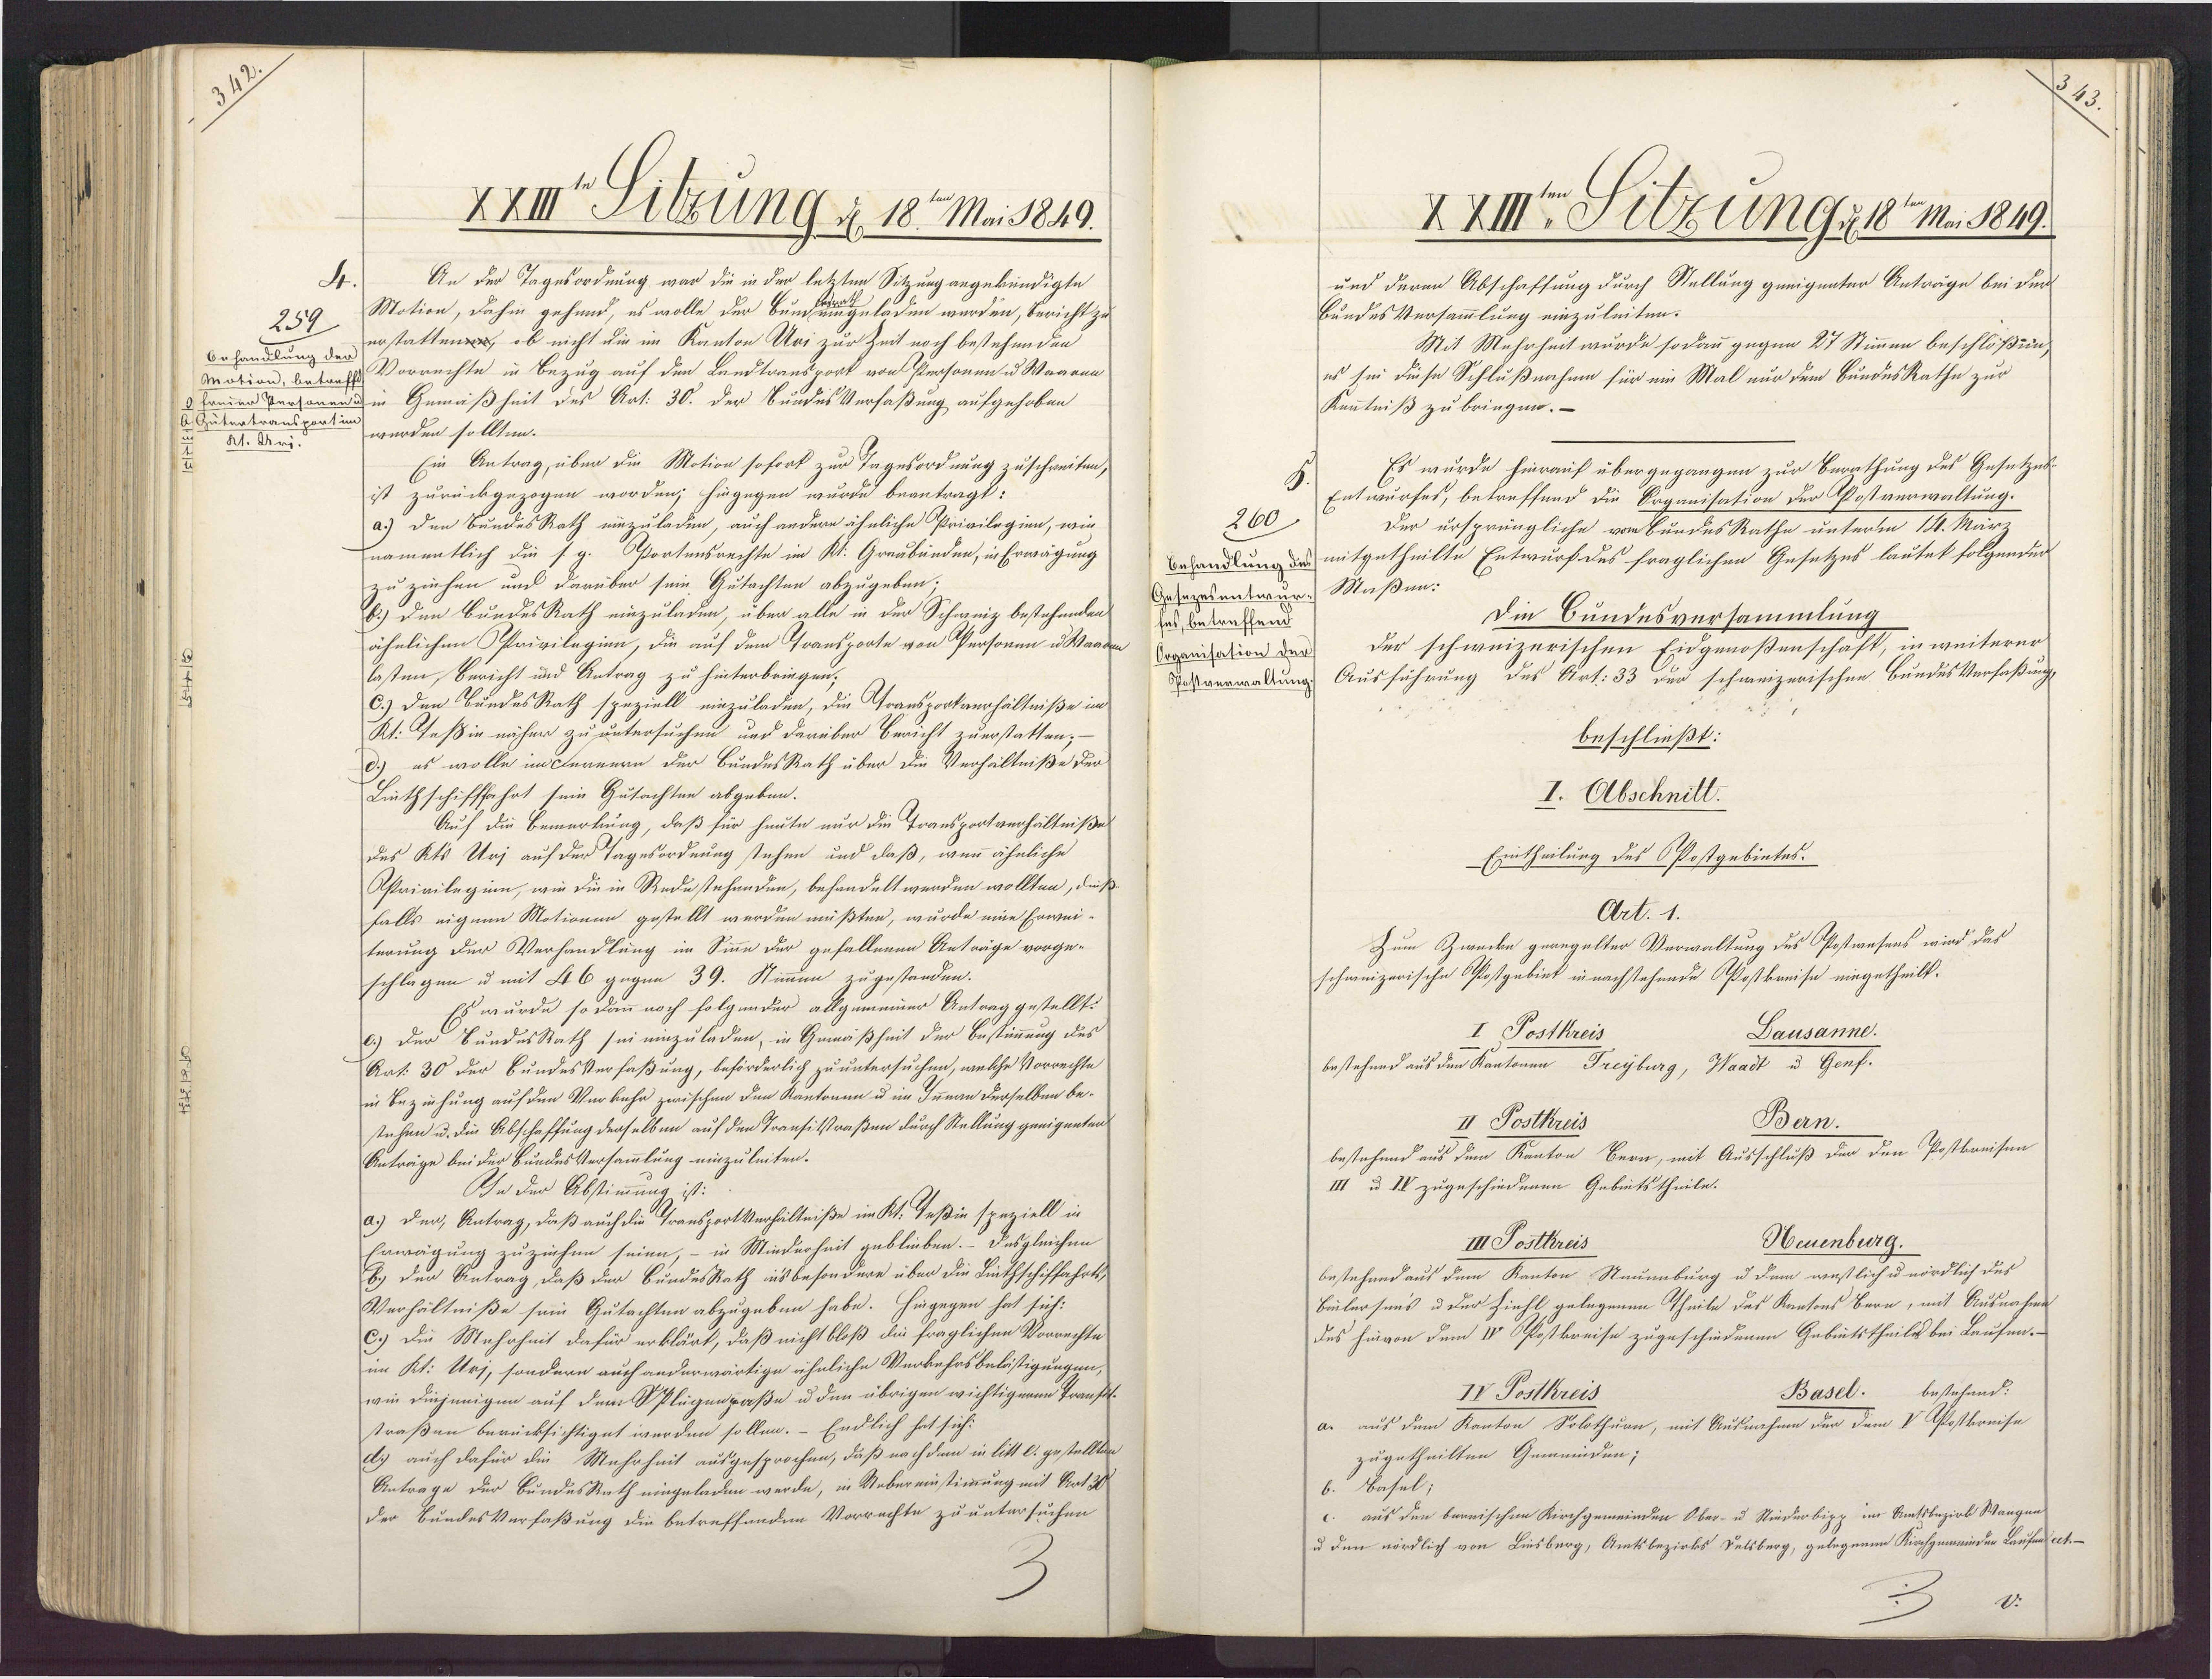
XXIII Fitzung d 18te Mai 1849.
An der Tagesordnung war die in der letzten Sitzung angekündigte
Motion, dahin gehund, es wolle der Bungeladen werden, Bericht zu
259
erstatten, ob nicht die im Kanton Uri zur Zeit noch bestehenden
Behandlung der
Mation, betref Vorrechte in Bezug auf den Landtransport von Personen u Waaren
3freien Personen Im Gemäßheit des Art: 30. der BundesVerfaßung aufgehoben
& Gutertransportin werden sollten.
21. Ari.
Ein Antrag über die Motion sofork zur Tagesordnung zuschreiten,
ist zurückgezogen worden; hingegen wurde beantragt:
a.) den BundesRath einzuladen, auch andere ähnliche Privilegien, wie
namentlich die s.g. Oortensrechte im Kt. Greubänden, in Erwägung
zu ziehen und darüber sein. Gutachten abzugeben.
b.) den BundesRath einzuladen, über alle in der Schweiz bestehenden
ähnlichen Privilegien, die auf dem Gransporte von Personen u Waaden
lasten, Buricht und Antrag zu hinterbringen;
C.) den SundesRath speziell einzuladen, die Ttransportverhältniße im
Kt: Teßin näher zu untersuchen und darüber Bericht zuerstatten;–
d.) es wolle im Fernern der BundesRath über die Verhältniße der
Lüthschifffahrt sein Gutachten abgeben.
Auf die Bemerkung, daß für heute nur die Transportverhältniße
des Kts Uri auf der Tagesordnung stehen und daß, wenn ähnliche
Astrivileginn, wie die in Rede stehenden, behandelt werden wollten, dieß¬
falls eigene Motionen gestellt werden müßten, wurde eine Erwei¬
terung der Verhandlung im Sinne der gefallenen Anträge vorge-
schlagen u mit 46 gegen 39. Stimmen zugestanden.
Es wurde so dann noch folgender allgemeiner Antrag gestellt:
c.) Der BundesRath sei eizuladen, in Gemäßheit der Bestimmung des
Art: 30 der BundesVerfaßung, beförderlich zu untersuchen, welche Vorrechte
in Bezihung auf den Verkehr zwischen den Kantonen u im Innern derselben be¬
stehen u. die Abschaffung derselben auf den Transitstraßen durch Stellung geeigenten
Anträge bei der BundesVersammlung einzuleiten.
In der Abstimmung ist:
a.) Der, Antrag, daß auch die TransportVerhältniße im Kt. Seßin speziell in
Erwägung zuziehen seien, - in Minderheit gebleeben. Desgleichen
b.) der Antrag, daß der BundesRath insbesondere über die Linthschiffahrts
Verhältniße sein Gutachten abzugeben habe. Hingegen hat sich:
C.) Die Mehrheit dafür erklärt, daß nicht bloß die fraglichen Vorrechte
im Kt: Urj, sondern auch anderwärtige ähnliche Verkehrsbelästigungen,
wie diejenigen auf dem SPlegenpaße u den übrigen wichtigeren Transl¬
straßen berücksichtiget werden sollen. - Endlich hat sich:
d. auch dafür die Mehrheit ausgesprochen, daß nach dem in litt l. gestellten
Antrage der BundesRath eingeladen werde, in Uebereinstimmung mit Art 30
der BundesVerfaßung die betreffenden Vorrechte zu untersuchen

XXIII. Sulzung d 18te Mai 1849.
und deren Abschaffung durch Stellung geeigenter Anträge bei der
Bundes Versammlung einzuleiten.
Mit Mahrheit wurde so dann gegen 27 Stimmen beschlößin,
es sei diese Schlußnahme für ein Mal nur dem BundesRathe zur
Kenntniß zu bringen.-
Es wurde hierauf übergegangen zur Berathung des Gesetzes
Entwurfes, betreffend die Organisation der Postverwaltung.
260
Der ursprängliche von BundesRathe unterm 14. März
Behandlung des mitgetheilte Entwurf des fraglichen Gesetzes lautet folgender
Gesazesentwar:Maßin.
Die Bundesversammlung
fes, betreffend
Der schweizerischen Eidgenoßenschaft, in weiterer
Organisation der
Postverwaltung Ausführung des Art: 33 der schweizerischen BundesVerfaßung
beschließt:
I. Abschnitt.
Eintheilung des PPostgebietes.
Art. 1.
Zum Zwecke geaegelter Verwaltung des Postwesens wird das
schweizerische Postgebiet in nachstehende Postkanise eingetheilt.
I Postkreis
Dausanne.
bestehend aus den Kantonen Freyburg, Waadt u Genf.
Ban.
II Postkreis
bestehend aus dem Kanton Bern, mit Ausschluß der den Postkreisen
III u IV zugeschiedenen Gebietstheile.
Heuenburg.
III Postkreis
bestehend aus dem Kanton Nauenburg u dem waslich u nördlich des
Binlersins u der Ziehl gelegenen Theile des Kantons Bern, mit Ausnahme
des hinvon dem IV Postkreise zugeschiedenen Gebitstheils bei Laufen.
Basel. bestehend:
IV Postkreis
aus dem Kanton Solothurn, mit Ausnahme der dem V Poskreise
zugetheilten Gemeinden;
6. Basel;
c. aus den bernischen Kirchgemeinden Ober- u Niederbipp im Amtsbezirk Wangen
u den nördlich von Liesberg, Amtsbezirks Felsberg, gelegenen Kirchgemeinden Laufen cet.¬